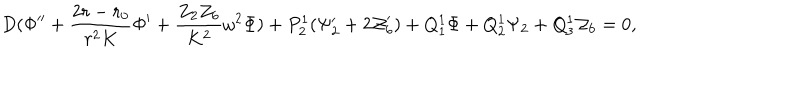
D ( \Phi ^ { \prime \prime } + { \frac { 2 r - r _ { 0 } } { r ^ { 2 } K } } \Phi ^ { \prime } + { \frac { Z _ { 2 } Z _ { 6 } } { K ^ { 2 } } } \omega ^ { 2 } \Phi ) + P _ { 2 } ^ { 1 } ( \Psi _ { 2 } ^ { \prime } + 2 { \cal Z } _ { 6 } ^ { \prime } ) + Q _ { 1 } ^ { 1 } \Phi + Q _ { 2 } ^ { 1 } \Psi _ { 2 } + Q _ { 3 } ^ { 1 } { \cal Z } _ { 6 } = 0 ,